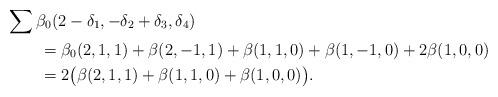
LaTeX: \begin{align*}&\sum \beta_0(2-\delta_1,-\delta_2+\delta_3,\delta_4) \\&\qquad= \beta_0(2,1,1) + \beta(2,-1,1) + \beta(1,1,0) + \beta(1,-1,0) + 2\beta(1,0,0) \\&\qquad= 2\bigl(\beta(2,1,1) + \beta(1,1,0) + \beta(1,0,0)\bigr).\end{align*}